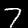
Digit: 7